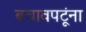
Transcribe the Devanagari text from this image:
बचावपटूंना